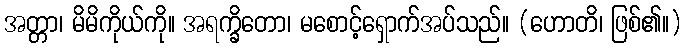
အတ္တာ၊ မိမိကိုယ်ကို။ အရက္ခိတော၊ မစောင့်ရှောက်အပ်သည်။ (ဟောတိ၊ ဖြစ်၏။)